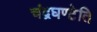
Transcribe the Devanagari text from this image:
चंद्रघण्टेति